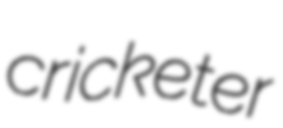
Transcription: cricketer